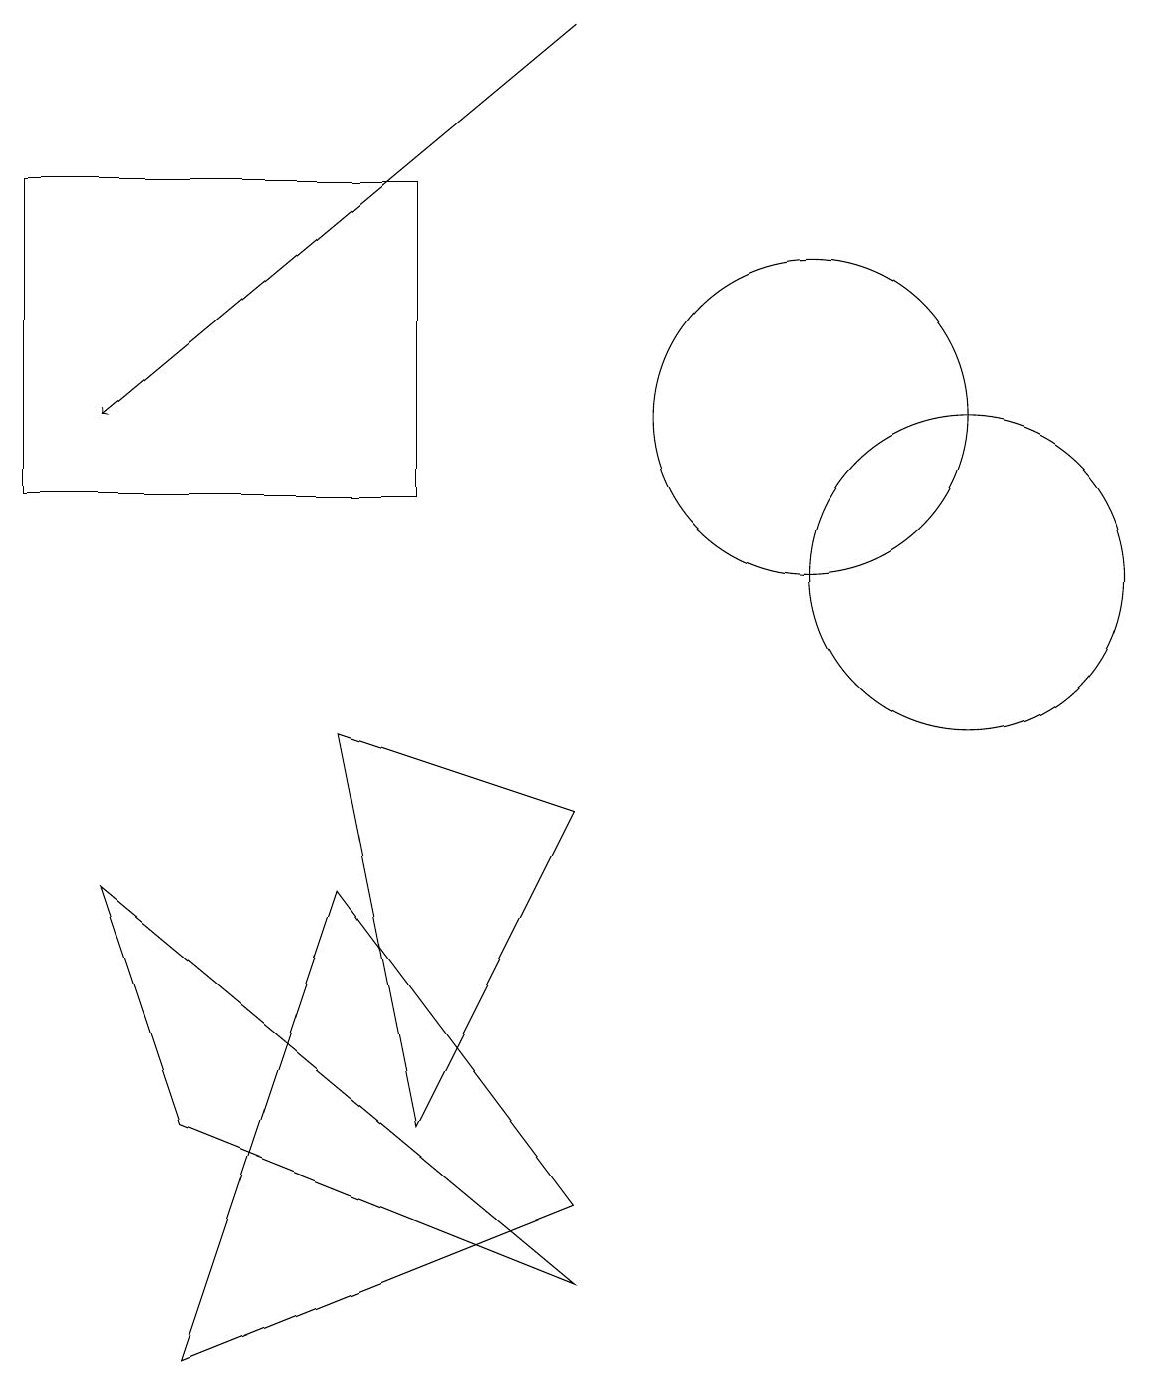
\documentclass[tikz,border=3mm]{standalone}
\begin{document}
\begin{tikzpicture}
\draw (4,8) -- (7,7) -- (5,3) -- cycle;
\draw (0,11) rectangle (5,15);
\draw (2,3) -- (7,1) -- (1,6) -- cycle;
\draw[->] (7,17) -- (1,12);
\draw (12,10) circle (2);
\draw (4,6) -- (2,0) -- (7,2) -- cycle;
\draw (10,12) circle (2);
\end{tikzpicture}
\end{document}